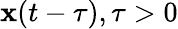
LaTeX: \mathbf{x}(t-\tau),\tau>0